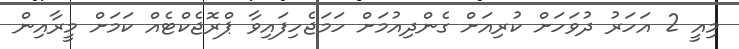
މިއީ 2 އަހަރު ދުވަހަށް ކުރިއަށް ގެންދިއުމަށް ހަމަޖެހިފައިވާ ޕްރޮޖެކްޓެއް ކަމަށް މީރާއިން